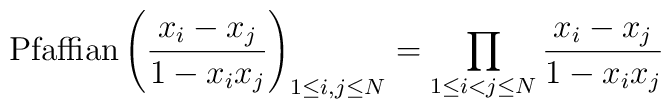
{\rm Pfaffian}\left( {x_i-x_j \over 1-x_ix_j} \right)_{1\le i,j\le N}=\prod_{1\le i<j\le N}{x_i-x_j \over 1-x_ix_j}